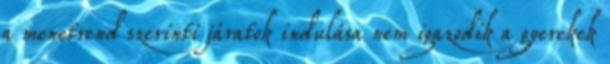
a menetrend szerinti járatok indulása nem igazodik a gyerekek